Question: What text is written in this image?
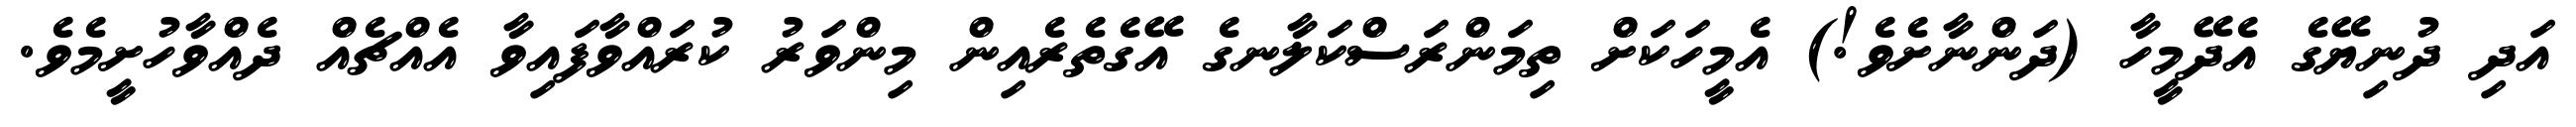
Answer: އަދި ދުނިޔޭގެ އެދޭމީހާ (ދަންނާށެވެ!) އެމީހަކަށް ތިމަންރަސްކަލާނގެ އޭގެތެރެއިން މިންވަރު ކުރައްވާފައިވާ އެއްޗެއް ދެއްވާހުށީމެވެ.